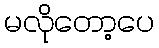
မလိုတော့ပေ